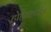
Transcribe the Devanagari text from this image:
होहेनहाईम